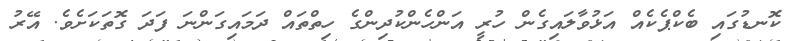
ކޮނޑުގައި ބެކްޕެކެއް އަޅުވާލައިގެން ހުރީ އަންހެންކުދިންގެ ހިތްތައް ދަމައިގަންނަ ފަދަ ގޮތަކަށެވެ. އޭރު